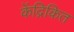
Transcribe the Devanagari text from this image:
केंद्रिकित